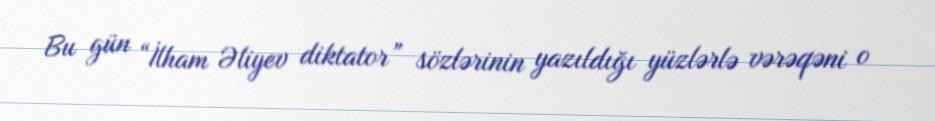
Bu gün “İlham Əliyev diktator” sözlərinin yazıldığı yüzlərlə vərəqəni o